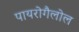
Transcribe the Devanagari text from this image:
पायरोगैलोल